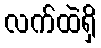
လက်ထဲရှိ